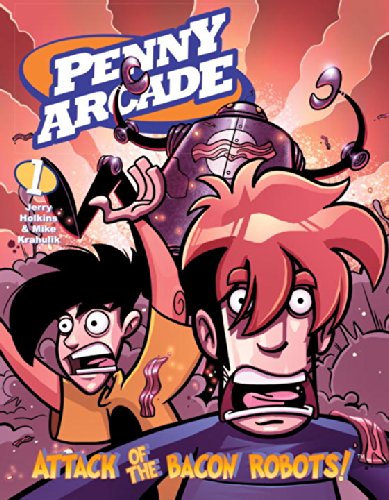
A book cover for Attack of the Bacon Robots (Penny Arcade, Vol. 1); Jerry Holkins; Humor & Entertainment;